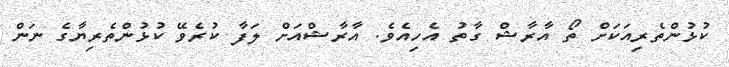
ކުޅުންތެރިއަކަށް ތޯ އާރާޝް ގާތު އެހިއެވެ. އާރާޝްއަށް ލަފާ ކުރެވޭ ކުޅުންތެރިޔާގެ ނަން